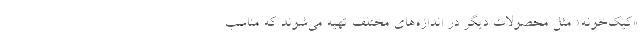
«کیک‌خونه» مثل محصولات دیگر در اندازه‌های مختلف تهیه می‌شوند که مناسب